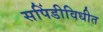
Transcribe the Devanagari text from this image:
सपिंडीविधीत